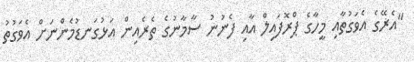
"އެރޭގެ އެވަގުތާއި މީހާގެ ޕްރޮފައިލް އާއި ފެނުނު ސާމާނުގެ ތެރެއިން އަޅުގަނޑުމެންނަށް އެވަގުތު